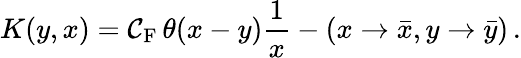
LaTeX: K(y,x)=\mathcal{C}_{\mathrm{{F}}}\, \theta(x-y)\frac{{1}}{{x}}-(x\to\bar{{x}},y\to\bar{{y}})\, .